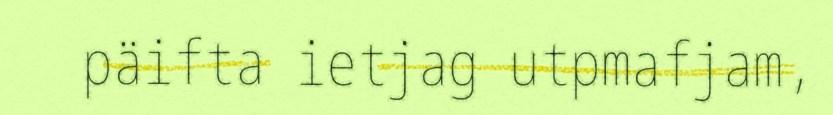
päifta ietjag utpmafjam,